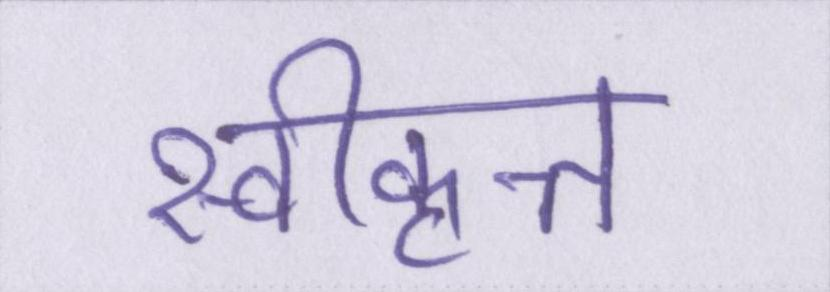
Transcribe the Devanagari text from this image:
स्वीकृत्त